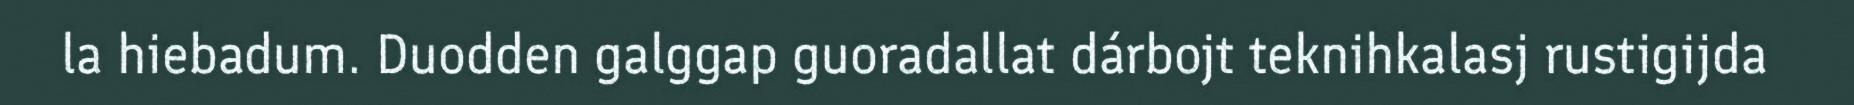
la hiebadum. Duodden galggap guoradallat dárbojt teknihkalasj rustigijda